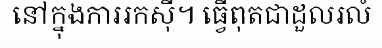
នៅក្នុងការរកស៊ី។ ធ្វើពុតជាដួលរលំ